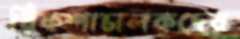
রিকশাচালকদের